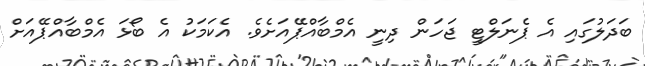
ބަދަލުގައި އެ ޕެނަލްޓީ ޖަހަން ދިނީ އެމްބާއްޕޭއަށެވެ. އެކަމަކު އެ ބޯޅަ އެމްބާއްޕޭއަށް